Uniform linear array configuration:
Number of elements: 32
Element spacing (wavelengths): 0.75
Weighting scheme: uniform
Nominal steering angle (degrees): -45
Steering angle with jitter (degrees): -43.868
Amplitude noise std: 0.05
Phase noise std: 0.05

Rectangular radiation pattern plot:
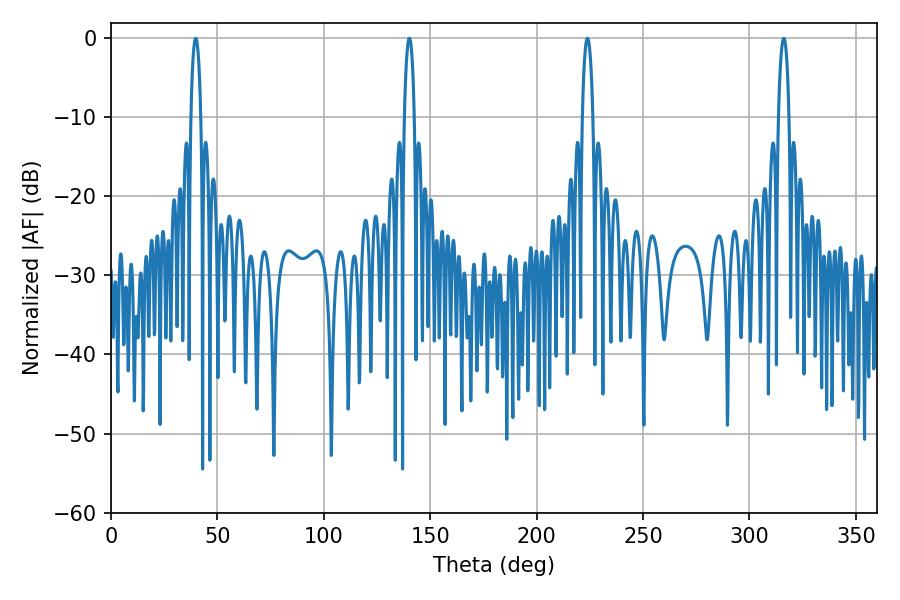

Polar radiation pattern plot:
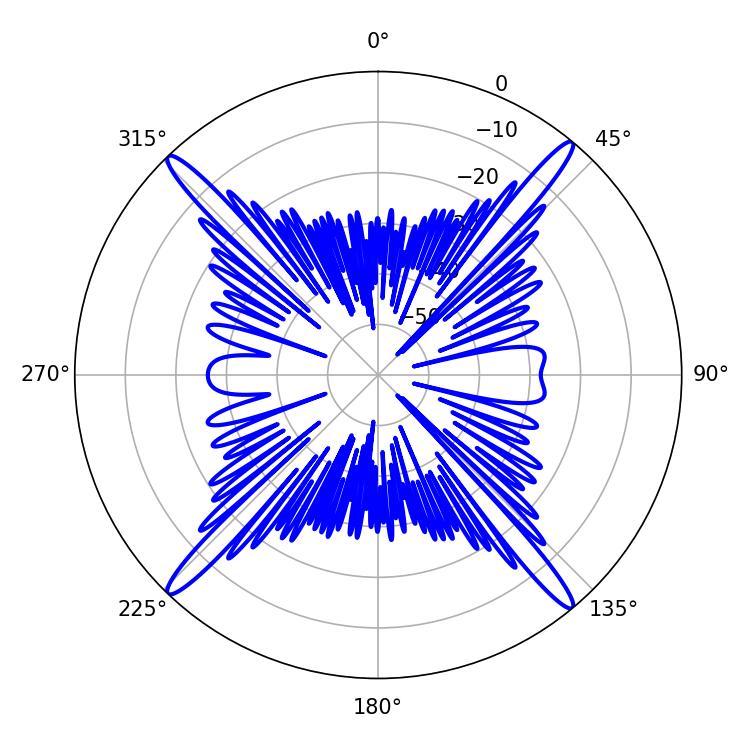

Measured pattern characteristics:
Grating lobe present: TRUE
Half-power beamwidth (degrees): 2.52
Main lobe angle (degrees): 39.78